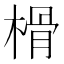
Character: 榾